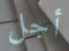
أجل